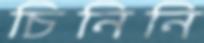
চিনিনি